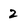
Character: 2